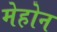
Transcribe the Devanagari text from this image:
मेहोन